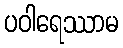
ပဝါရေဿာမ